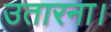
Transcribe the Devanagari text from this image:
उतारना।